Annual report on the Civil Veterinary Department, Burma (including the Insein Veterinary School) - 1923-1931
Year: 1923
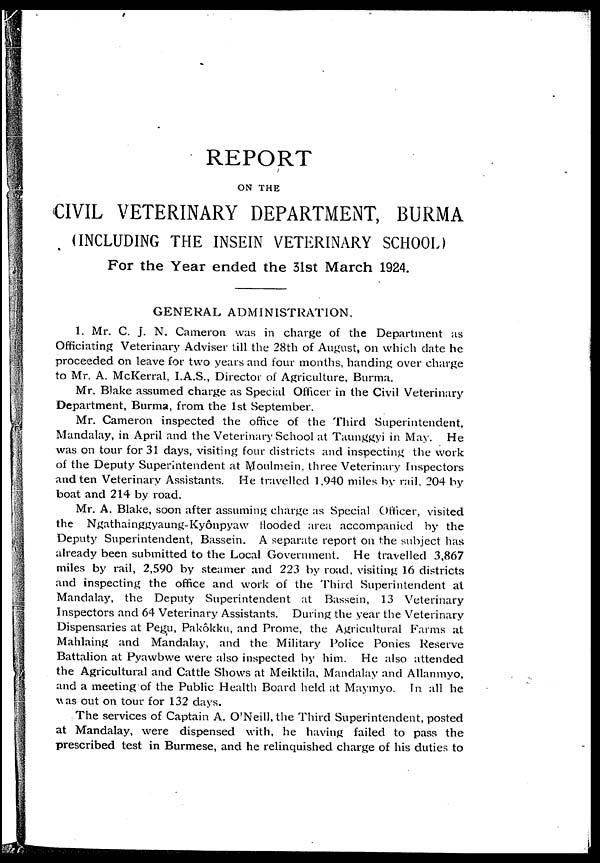
REPORT
ON THE
CIVIL VETERINARY DEPARTMENT, BURMA
(INCLUDING THE INSEIN VETERINARY SCHOOL)
For the Year ended the 31st March 1924.
GENERAL ADMINISTRATION.
1. Mr. C. J. N. Cameron was in charge of the Department as
Officiating Veterinary Adviser till the 28th of August, on which date he
proceeded on leave for two years and four months, handing over charge
to Mr. A. McKerral, I.A.S., Director of Agriculture, Burma.
Mr. Blake assumed charge as Special Officer in the Civil Veterinary
Department, Burma, from the 1st September.
Mr. Cameron inspected the office of the Third Superintendent,
Mandalay, in April and the Veterinary School at Taunggyi in May.
He
was on tour for 31 days, visiting four districts and inspecting the work
of the Deputy Superintendent at Moulmein, three Veterinary Inspectors
and ten Veterinary Assistants. He travelled 1,940 miles by rail, 204 by
boat and 214 by road.
Mr. A. Blake, soon after assuming charge as Special Officer, visited
the Ngathainggyaung-Kyônpyaw Hooded area accompanied by the
Deputy Superintendent, Bassein. A separate report on the subject has
already been submitted to the Local Government. He travelled 3,867
miles by rail, 2,590 by steamer and 223 by road, visiting 16 districts
and inspecting the office and work of the Third Superintendent at
Mandalay, the Deputy Superintendent at Bassein, 13 Veterinary
Inspectors and 64 Veterinary Assistants. During the year the Veterinary
Dispensaries at Pegu, Pakôkku, and Prome, the Agricultural Farms at
Mahlaing and Mandalay, and the Military Police Ponies Reserve
Battalion at Pyawbwe were also inspected by him. He also attended
the Agricultural and Cattle Shows at Meiktila, Mandalay and Allanmyo,
and a meeting of the Public Health Board held at Maymyo. In all he
was out on tour for 132 days.
The services of Captain A. O'Neill, the Third Superintendent, posted
at Mandalay, were dispensed with, he having failed to pass the
prescribed test in Burmese, and he relinquished charge of his duties to